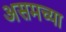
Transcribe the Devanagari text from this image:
असमच्या